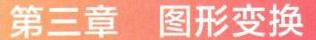
第三章  图形变换